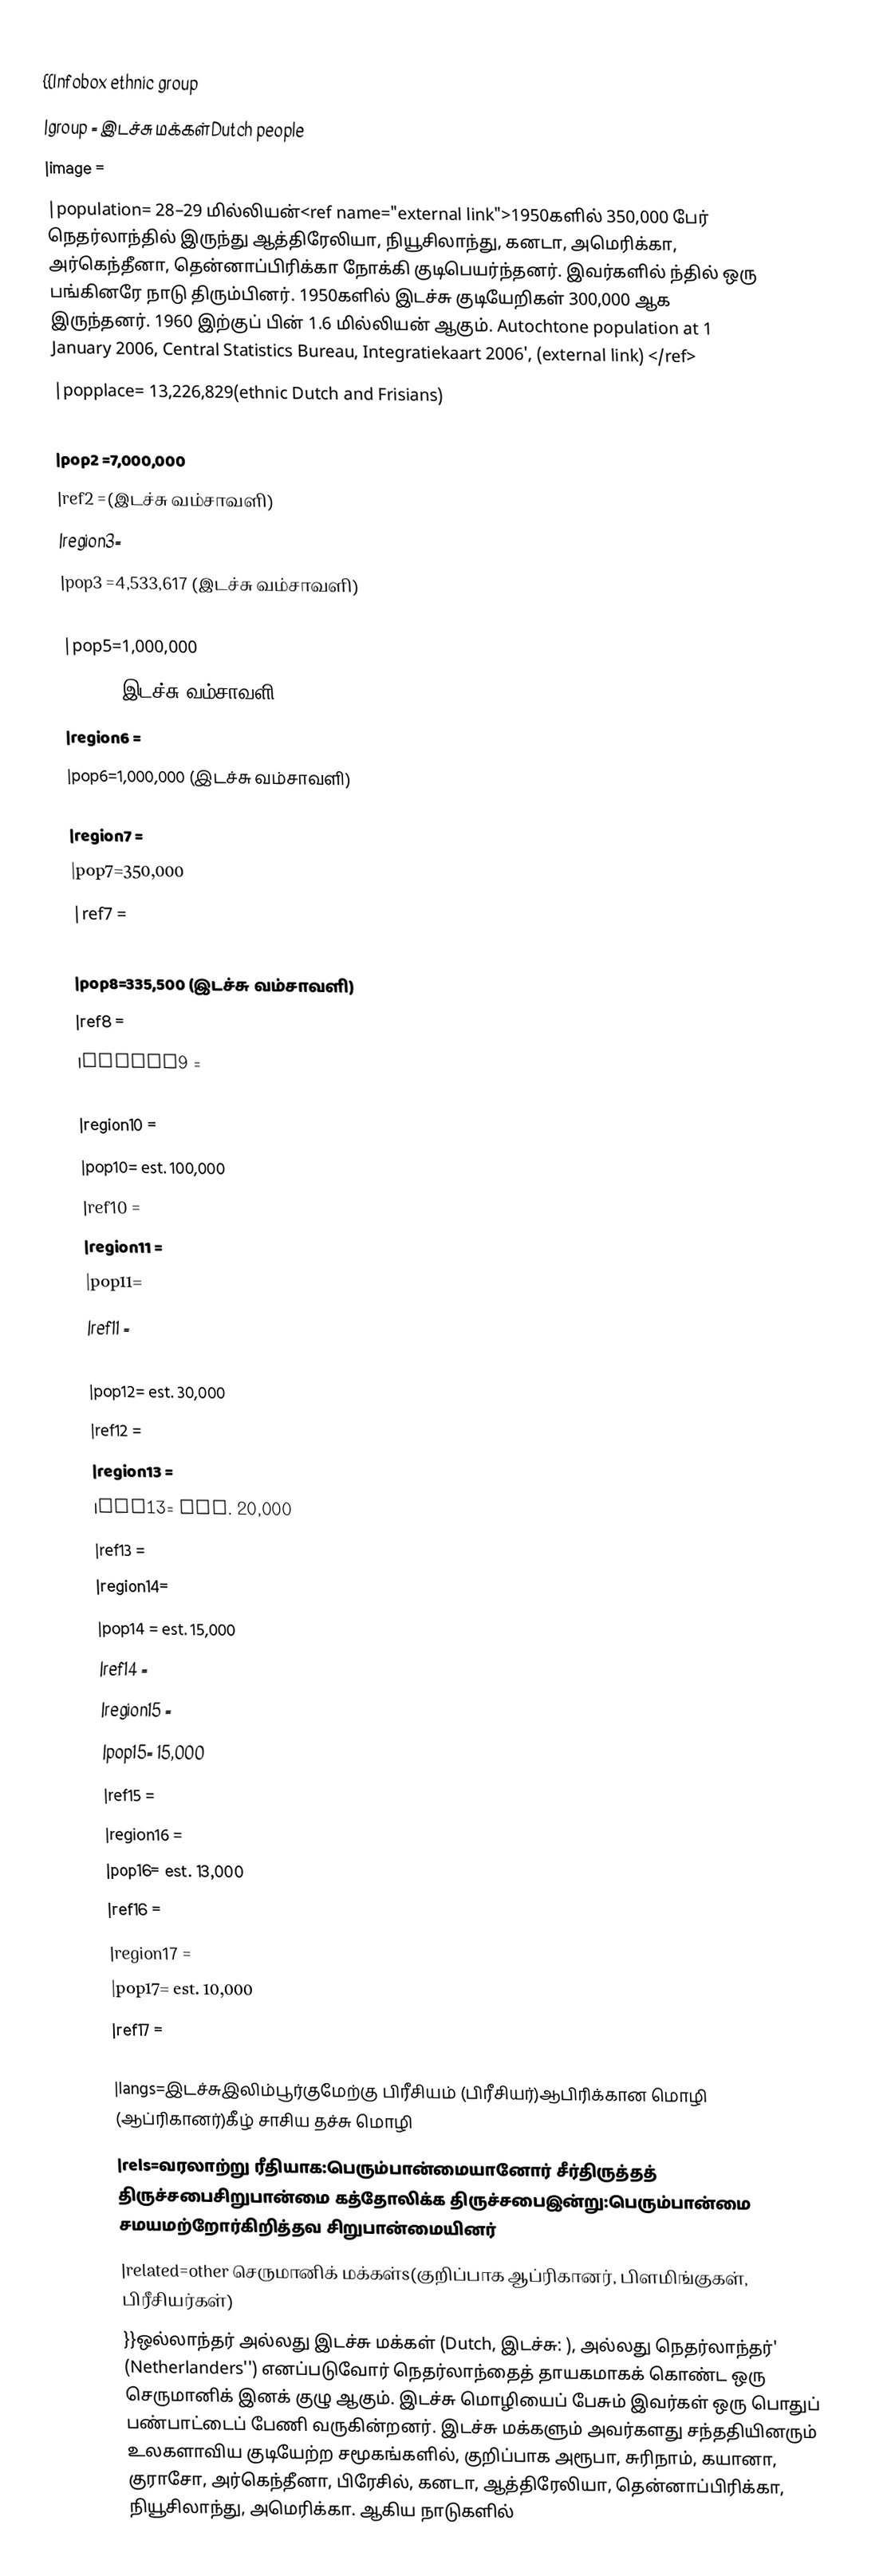
{{Infobox ethnic group
|group = இடச்சு மக்கள்Dutch people
|image =
|population=  28–29 மில்லியன்<ref name="external link">1950களில் 350,000 பேர் நெதர்லாந்தில் இருந்து ஆத்திரேலியா, நியூசிலாந்து, கனடா, அமெரிக்கா, அர்கெந்தீனா, தென்னாப்பிரிக்கா நோக்கி குடிபெயர்ந்தனர். இவர்களில் ந்தில் ஒரு பங்கினரே நாடு திரும்பினர். 1950களில் இடச்சு குடியேறிகள் 300,000 ஆக இருந்தனர். 1960 இற்குப் பின் 1.6 மில்லியன் ஆகும். Autochtone population at 1 January 2006, Central Statistics Bureau, Integratiekaart 2006', (external link)  </ref>
|popplace=  13,226,829(ethnic Dutch and Frisians)
|region2 =
|pop2 =7,000,000
|ref2 =(இடச்சு வம்சாவளி)
|region3=
|pop3 =4,533,617 (இடச்சு வம்சாவளி)
|region5=
|pop5=1,000,000
|ref5= (இடச்சு வம்சாவளி)
|region6 =
|pop6=1,000,000  (இடச்சு வம்சாவளி)

|region7 =
|pop7=350,000
|ref7 =
|region8 =
|pop8=335,500 (இடச்சு வம்சாவளி)
|ref8 =
|region9 =
|pop9=120,970
|region10 =
|pop10= est. 100,000
|ref10 =
|region11 =
|pop11=
|ref11 =
|region12 =
|pop12= est. 30,000
|ref12 =
|region13 =
|pop13= est. 20,000
|ref13 =
|region14=
|pop14 = est. 15,000
|ref14 =
|region15 =
|pop15= 15,000
|ref15 =
|region16 =
|pop16= est. 13,000
|ref16 =
|region17 =
|pop17= est. 10,000
|ref17 =

|langs=இடச்சுஇலிம்பூர்குமேற்கு பிரீசியம் (பிரீசியர்)ஆபிரிக்கான மொழி (ஆப்ரிகானர்)கீழ் சாசிய தச்சு மொழி
|rels=வரலாற்று ரீதியாக:பெரும்பான்மையானோர் சீர்திருத்தத் திருச்சபைசிறுபான்மை கத்தோலிக்க திருச்சபைஇன்று:பெரும்பான்மை சமயமற்றோர்கிறித்தவ சிறுபான்மையினர்
|related=other செருமானிக் மக்கள்s(குறிப்பாக ஆப்ரிகானர், பிளமிங்குகள், பிரீசியர்கள்)
}}ஒல்லாந்தர் அல்லது இடச்சு மக்கள் (Dutch, இடச்சு: ), அல்லது நெதர்லாந்தர்' (Netherlanders'') எனப்படுவோர் நெதர்லாந்தைத் தாயகமாகக் கொண்ட ஒரு செருமானிக் இனக் குழு ஆகும். இடச்சு மொழியைப் பேசும் இவர்கள் ஒரு பொதுப் பண்பாட்டைப் பேணி வருகின்றனர். இடச்சு மக்களும் அவர்களது சந்ததியினரும் உலகளாவிய குடியேற்ற சமூகங்களில், குறிப்பாக அரூபா, சுரிநாம், கயானா, குராசோ, அர்கெந்தீனா, பிரேசில், கனடா, ஆத்திரேலியா, தென்னாப்பிரிக்கா, நியூசிலாந்து, அமெரிக்கா. ஆகிய நாடுகளில்